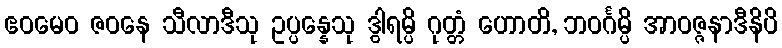
ဧဝမေဝ ဇဝနေ သီလာဒီသု ဥပ္ပန္နေသု ဒွါရမ္ပိ ဂုတ္တံ ဟောတိ, ဘဝင်္ဂမ္ပိ အာဝဇ္ဇနာဒီနိပိ